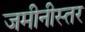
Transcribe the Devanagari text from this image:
जमीनीस्तर